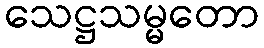
သေဋ္ဌသမ္မတော